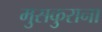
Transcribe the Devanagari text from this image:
मुसकुराना